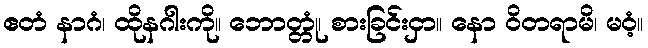
ဧတံ နာဂံ၊ ထိုနဂါးကို။ ဘောတ္တုံ၊ စားခြင်းငှာ။ နော ဝိတရာမိ၊ မဝံ့။